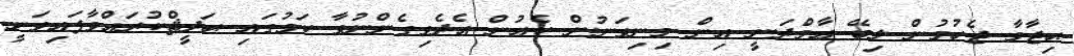
ޙިޖާމާ ޖެހުމުން ލިބޭ ޢާމްދަނީ އިން މިނިވަނުން ކެއުން އެދެވިގެންނުވާ ކަމުގައި ޙަދީޘްކުރައްވާފައިވަނީ